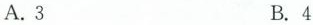
A.3 B.4